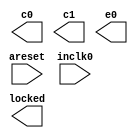
// megafunction wizard: %ALTPLL%VBB%
// GENERATION: STANDARD
// VERSION: WM1.0
// MODULE: altpll 

// ============================================================
// Megafunction Name(s):
// 			altpll
//
// Simulation Library Files(s):
// 			altera_mf
// ============================================================
// ************************************************************
// THIS IS A WIZARD-GENERATED FILE. DO NOT EDIT THIS FILE!
//
// 8.1 Build 163 10/28/2008 SJ Full Version
// ************************************************************

//Copyright (C) 1991-2008 Altera Corporation
//Your use of Altera Corporation's design tools, logic functions 
//and other software and tools, and its AMPP partner logic 
//functions, and any output files from any of the foregoing 
//(including device programming or simulation files), and any 
//associated documentation or information are expressly subject 
//to the terms and conditions of the Altera Program License 
//Subscription Agreement, Altera MegaCore Function License 
//Agreement, or other applicable license agreement, including, 
//without limitation, that your use is for the sole purpose of 
//programming logic devices manufactured by Altera and sold by 
//Altera or its authorized distributors.  Please refer to the 
//applicable agreement for further details.

module PLL_ctrl (
	areset,
	inclk0,
	c0,
	c1,
	e0,
	locked);

	input	  areset;
	input	  inclk0;
	output	  c0;
	output	  c1;
	output	  e0;
	output	  locked;

endmodule

// ============================================================
// CNX file retrieval info
// ============================================================
// Retrieval info: PRIVATE: ACTIVECLK_CHECK STRING "0"
// Retrieval info: PRIVATE: BANDWIDTH STRING "1.000"
// Retrieval info: PRIVATE: BANDWIDTH_FEATURE_ENABLED STRING "0"
// Retrieval info: PRIVATE: BANDWIDTH_FREQ_UNIT STRING "MHz"
// Retrieval info: PRIVATE: BANDWIDTH_PRESET STRING "Low"
// Retrieval info: PRIVATE: BANDWIDTH_USE_AUTO STRING "1"
// Retrieval info: PRIVATE: BANDWIDTH_USE_CUSTOM STRING "0"
// Retrieval info: PRIVATE: BANDWIDTH_USE_PRESET STRING "0"
// Retrieval info: PRIVATE: CLKBAD_SWITCHOVER_CHECK STRING "0"
// Retrieval info: PRIVATE: CLKLOSS_CHECK STRING "0"
// Retrieval info: PRIVATE: CLKSWITCH_CHECK STRING "0"
// Retrieval info: PRIVATE: CNX_NO_COMPENSATE_RADIO STRING "0"
// Retrieval info: PRIVATE: CREATE_CLKBAD_CHECK STRING "0"
// Retrieval info: PRIVATE: CREATE_INCLK1_CHECK STRING "0"
// Retrieval info: PRIVATE: CUR_DEDICATED_CLK STRING "c1"
// Retrieval info: PRIVATE: CUR_FBIN_CLK STRING "e0"
// Retrieval info: PRIVATE: DEVICE_FAMILY NUMERIC "11"
// Retrieval info: PRIVATE: DEVICE_SPEED_GRADE STRING "8"
// Retrieval info: PRIVATE: DIV_FACTOR0 NUMERIC "1"
// Retrieval info: PRIVATE: DIV_FACTOR1 NUMERIC "1"
// Retrieval info: PRIVATE: DIV_FACTOR6 NUMERIC "1"
// Retrieval info: PRIVATE: DUTY_CYCLE0 STRING "50.00000000"
// Retrieval info: PRIVATE: DUTY_CYCLE1 STRING "50.00000000"
// Retrieval info: PRIVATE: DUTY_CYCLE6 STRING "50.00000000"
// Retrieval info: PRIVATE: EXPLICIT_SWITCHOVER_COUNTER STRING "0"
// Retrieval info: PRIVATE: EXT_FEEDBACK_RADIO STRING "0"
// Retrieval info: PRIVATE: GLOCKED_COUNTER_EDIT_CHANGED STRING "1"
// Retrieval info: PRIVATE: GLOCKED_FEATURE_ENABLED STRING "0"
// Retrieval info: PRIVATE: GLOCKED_MODE_CHECK STRING "0"
// Retrieval info: PRIVATE: GLOCK_COUNTER_EDIT NUMERIC "1048575"
// Retrieval info: PRIVATE: HAS_MANUAL_SWITCHOVER STRING "1"
// Retrieval info: PRIVATE: INCLK0_FREQ_EDIT STRING "25.000"
// Retrieval info: PRIVATE: INCLK0_FREQ_UNIT_COMBO STRING "MHz"
// Retrieval info: PRIVATE: INCLK1_FREQ_EDIT STRING "100.000"
// Retrieval info: PRIVATE: INCLK1_FREQ_EDIT_CHANGED STRING "1"
// Retrieval info: PRIVATE: INCLK1_FREQ_UNIT_CHANGED STRING "1"
// Retrieval info: PRIVATE: INCLK1_FREQ_UNIT_COMBO STRING "MHz"
// Retrieval info: PRIVATE: INTENDED_DEVICE_FAMILY STRING "Cyclone"
// Retrieval info: PRIVATE: INT_FEEDBACK__MODE_RADIO STRING "1"
// Retrieval info: PRIVATE: LOCKED_OUTPUT_CHECK STRING "1"
// Retrieval info: PRIVATE: LOCK_LOSS_SWITCHOVER_CHECK STRING "0"
// Retrieval info: PRIVATE: LONG_SCAN_RADIO STRING "1"
// Retrieval info: PRIVATE: LVDS_MODE_DATA_RATE STRING "500.000"
// Retrieval info: PRIVATE: LVDS_MODE_DATA_RATE_DIRTY NUMERIC "0"
// Retrieval info: PRIVATE: LVDS_PHASE_SHIFT_UNIT0 STRING "deg"
// Retrieval info: PRIVATE: LVDS_PHASE_SHIFT_UNIT1 STRING "deg"
// Retrieval info: PRIVATE: LVDS_PHASE_SHIFT_UNIT6 STRING "deg"
// Retrieval info: PRIVATE: MIG_DEVICE_SPEED_GRADE STRING "Any"
// Retrieval info: PRIVATE: MIRROR_CLK0 STRING "0"
// Retrieval info: PRIVATE: MIRROR_CLK1 STRING "0"
// Retrieval info: PRIVATE: MIRROR_CLK6 STRING "0"
// Retrieval info: PRIVATE: MULT_FACTOR0 NUMERIC "2"
// Retrieval info: PRIVATE: MULT_FACTOR1 NUMERIC "4"
// Retrieval info: PRIVATE: MULT_FACTOR6 NUMERIC "1"
// Retrieval info: PRIVATE: NORMAL_MODE_RADIO STRING "1"
// Retrieval info: PRIVATE: OUTPUT_FREQ0 STRING "100.00000000"
// Retrieval info: PRIVATE: OUTPUT_FREQ1 STRING "100.00000000"
// Retrieval info: PRIVATE: OUTPUT_FREQ6 STRING "100.00000000"
// Retrieval info: PRIVATE: OUTPUT_FREQ_MODE0 STRING "0"
// Retrieval info: PRIVATE: OUTPUT_FREQ_MODE1 STRING "0"
// Retrieval info: PRIVATE: OUTPUT_FREQ_MODE6 STRING "0"
// Retrieval info: PRIVATE: OUTPUT_FREQ_UNIT0 STRING "MHz"
// Retrieval info: PRIVATE: OUTPUT_FREQ_UNIT1 STRING "MHz"
// Retrieval info: PRIVATE: OUTPUT_FREQ_UNIT6 STRING "MHz"
// Retrieval info: PRIVATE: PHASE_RECONFIG_FEATURE_ENABLED STRING "0"
// Retrieval info: PRIVATE: PHASE_RECONFIG_INPUTS_CHECK STRING "0"
// Retrieval info: PRIVATE: PHASE_SHIFT0 STRING "0.00000000"
// Retrieval info: PRIVATE: PHASE_SHIFT1 STRING "0.00000000"
// Retrieval info: PRIVATE: PHASE_SHIFT6 STRING "0.00000000"
// Retrieval info: PRIVATE: PHASE_SHIFT_STEP_ENABLED_CHECK STRING "0"
// Retrieval info: PRIVATE: PHASE_SHIFT_UNIT0 STRING "ns"
// Retrieval info: PRIVATE: PHASE_SHIFT_UNIT1 STRING "deg"
// Retrieval info: PRIVATE: PHASE_SHIFT_UNIT6 STRING "deg"
// Retrieval info: PRIVATE: PLL_ADVANCED_PARAM_CHECK STRING "0"
// Retrieval info: PRIVATE: PLL_ARESET_CHECK STRING "1"
// Retrieval info: PRIVATE: PLL_AUTOPLL_CHECK NUMERIC "1"
// Retrieval info: PRIVATE: PLL_ENA_CHECK STRING "0"
// Retrieval info: PRIVATE: PLL_ENHPLL_CHECK NUMERIC "0"
// Retrieval info: PRIVATE: PLL_FASTPLL_CHECK NUMERIC "0"
// Retrieval info: PRIVATE: PLL_FBMIMIC_CHECK STRING "0"
// Retrieval info: PRIVATE: PLL_LVDS_PLL_CHECK NUMERIC "0"
// Retrieval info: PRIVATE: PLL_PFDENA_CHECK STRING "0"
// Retrieval info: PRIVATE: PLL_TARGET_HARCOPY_CHECK NUMERIC "0"
// Retrieval info: PRIVATE: PRIMARY_CLK_COMBO STRING "inclk0"
// Retrieval info: PRIVATE: SACN_INPUTS_CHECK STRING "0"
// Retrieval info: PRIVATE: SCAN_FEATURE_ENABLED STRING "0"
// Retrieval info: PRIVATE: SELF_RESET_LOCK_LOSS STRING "0"
// Retrieval info: PRIVATE: SHORT_SCAN_RADIO STRING "0"
// Retrieval info: PRIVATE: SPREAD_FEATURE_ENABLED STRING "0"
// Retrieval info: PRIVATE: SPREAD_FREQ STRING "50.000"
// Retrieval info: PRIVATE: SPREAD_FREQ_UNIT STRING "KHz"
// Retrieval info: PRIVATE: SPREAD_PERCENT STRING "0.500"
// Retrieval info: PRIVATE: SPREAD_USE STRING "0"
// Retrieval info: PRIVATE: SRC_SYNCH_COMP_RADIO STRING "0"
// Retrieval info: PRIVATE: STICKY_CLK0 STRING "1"
// Retrieval info: PRIVATE: STICKY_CLK1 STRING "1"
// Retrieval info: PRIVATE: STICKY_CLK6 STRING "0"
// Retrieval info: PRIVATE: SWITCHOVER_COUNT_EDIT NUMERIC "1"
// Retrieval info: PRIVATE: SWITCHOVER_FEATURE_ENABLED STRING "0"
// Retrieval info: PRIVATE: SYNTH_WRAPPER_GEN_POSTFIX STRING "0"
// Retrieval info: PRIVATE: USE_CLK0 STRING "1"
// Retrieval info: PRIVATE: USE_CLK1 STRING "1"
// Retrieval info: PRIVATE: USE_CLK6 STRING "0"
// Retrieval info: PRIVATE: USE_CLKENA0 STRING "0"
// Retrieval info: PRIVATE: USE_CLKENA1 STRING "0"
// Retrieval info: PRIVATE: USE_CLKENA6 STRING "0"
// Retrieval info: PRIVATE: USE_MIL_SPEED_GRADE NUMERIC "0"
// Retrieval info: PRIVATE: ZERO_DELAY_RADIO STRING "0"
// Retrieval info: LIBRARY: altera_mf altera_mf.altera_mf_components.all
// Retrieval info: CONSTANT: CLK0_DIVIDE_BY NUMERIC "1"
// Retrieval info: CONSTANT: CLK0_DUTY_CYCLE NUMERIC "50"
// Retrieval info: CONSTANT: CLK0_MULTIPLY_BY NUMERIC "2"
// Retrieval info: CONSTANT: CLK0_PHASE_SHIFT STRING "0"
// Retrieval info: CONSTANT: CLK1_DIVIDE_BY NUMERIC "1"
// Retrieval info: CONSTANT: CLK1_DUTY_CYCLE NUMERIC "50"
// Retrieval info: CONSTANT: CLK1_MULTIPLY_BY NUMERIC "4"
// Retrieval info: CONSTANT: CLK1_PHASE_SHIFT STRING "0"
// Retrieval info: CONSTANT: COMPENSATE_CLOCK STRING "CLK1"
// Retrieval info: CONSTANT: EXTCLK0_DIVIDE_BY NUMERIC "1"
// Retrieval info: CONSTANT: EXTCLK0_DUTY_CYCLE NUMERIC "50"
// Retrieval info: CONSTANT: EXTCLK0_MULTIPLY_BY NUMERIC "4"
// Retrieval info: CONSTANT: EXTCLK0_PHASE_SHIFT STRING "2000"
// Retrieval info: CONSTANT: INCLK0_INPUT_FREQUENCY NUMERIC "40000"
// Retrieval info: CONSTANT: INTENDED_DEVICE_FAMILY STRING "Cyclone"
// Retrieval info: CONSTANT: INVALID_LOCK_MULTIPLIER NUMERIC "5"
// Retrieval info: CONSTANT: LPM_TYPE STRING "altpll"
// Retrieval info: CONSTANT: OPERATION_MODE STRING "NORMAL"
// Retrieval info: CONSTANT: PLL_TYPE STRING "AUTO"
// Retrieval info: CONSTANT: PORT_ACTIVECLOCK STRING "PORT_UNUSED"
// Retrieval info: CONSTANT: PORT_ARESET STRING "PORT_USED"
// Retrieval info: CONSTANT: PORT_CLKBAD0 STRING "PORT_UNUSED"
// Retrieval info: CONSTANT: PORT_CLKBAD1 STRING "PORT_UNUSED"
// Retrieval info: CONSTANT: PORT_CLKLOSS STRING "PORT_UNUSED"
// Retrieval info: CONSTANT: PORT_CLKSWITCH STRING "PORT_UNUSED"
// Retrieval info: CONSTANT: PORT_CONFIGUPDATE STRING "PORT_UNUSED"
// Retrieval info: CONSTANT: PORT_FBIN STRING "PORT_UNUSED"
// Retrieval info: CONSTANT: PORT_INCLK0 STRING "PORT_USED"
// Retrieval info: CONSTANT: PORT_INCLK1 STRING "PORT_UNUSED"
// Retrieval info: CONSTANT: PORT_LOCKED STRING "PORT_USED"
// Retrieval info: CONSTANT: PORT_PFDENA STRING "PORT_UNUSED"
// Retrieval info: CONSTANT: PORT_PHASECOUNTERSELECT STRING "PORT_UNUSED"
// Retrieval info: CONSTANT: PORT_PHASEDONE STRING "PORT_UNUSED"
// Retrieval info: CONSTANT: PORT_PHASESTEP STRING "PORT_UNUSED"
// Retrieval info: CONSTANT: PORT_PHASEUPDOWN STRING "PORT_UNUSED"
// Retrieval info: CONSTANT: PORT_PLLENA STRING "PORT_UNUSED"
// Retrieval info: CONSTANT: PORT_SCANACLR STRING "PORT_UNUSED"
// Retrieval info: CONSTANT: PORT_SCANCLK STRING "PORT_UNUSED"
// Retrieval info: CONSTANT: PORT_SCANCLKENA STRING "PORT_UNUSED"
// Retrieval info: CONSTANT: PORT_SCANDATA STRING "PORT_UNUSED"
// Retrieval info: CONSTANT: PORT_SCANDATAOUT STRING "PORT_UNUSED"
// Retrieval info: CONSTANT: PORT_SCANDONE STRING "PORT_UNUSED"
// Retrieval info: CONSTANT: PORT_SCANREAD STRING "PORT_UNUSED"
// Retrieval info: CONSTANT: PORT_SCANWRITE STRING "PORT_UNUSED"
// Retrieval info: CONSTANT: PORT_clk0 STRING "PORT_USED"
// Retrieval info: CONSTANT: PORT_clk1 STRING "PORT_USED"
// Retrieval info: CONSTANT: PORT_clk3 STRING "PORT_UNUSED"
// Retrieval info: CONSTANT: PORT_clk4 STRING "PORT_UNUSED"
// Retrieval info: CONSTANT: PORT_clk5 STRING "PORT_UNUSED"
// Retrieval info: CONSTANT: PORT_clkena0 STRING "PORT_UNUSED"
// Retrieval info: CONSTANT: PORT_clkena1 STRING "PORT_UNUSED"
// Retrieval info: CONSTANT: PORT_clkena3 STRING "PORT_UNUSED"
// Retrieval info: CONSTANT: PORT_clkena4 STRING "PORT_UNUSED"
// Retrieval info: CONSTANT: PORT_clkena5 STRING "PORT_UNUSED"
// Retrieval info: CONSTANT: PORT_extclk0 STRING "PORT_USED"
// Retrieval info: CONSTANT: PORT_extclk1 STRING "PORT_UNUSED"
// Retrieval info: CONSTANT: PORT_extclk2 STRING "PORT_UNUSED"
// Retrieval info: CONSTANT: PORT_extclk3 STRING "PORT_UNUSED"
// Retrieval info: CONSTANT: VALID_LOCK_MULTIPLIER NUMERIC "1"
// Retrieval info: USED_PORT: @clk 0 0 6 0 OUTPUT_CLK_EXT VCC "@clk[5..0]"
// Retrieval info: USED_PORT: @extclk 0 0 4 0 OUTPUT_CLK_EXT VCC "@extclk[3..0]"
// Retrieval info: USED_PORT: areset 0 0 0 0 INPUT GND "areset"
// Retrieval info: USED_PORT: c0 0 0 0 0 OUTPUT_CLK_EXT VCC "c0"
// Retrieval info: USED_PORT: c1 0 0 0 0 OUTPUT_CLK_EXT VCC "c1"
// Retrieval info: USED_PORT: e0 0 0 0 0 OUTPUT_CLK_EXT VCC "e0"
// Retrieval info: USED_PORT: inclk0 0 0 0 0 INPUT_CLK_EXT GND "inclk0"
// Retrieval info: USED_PORT: locked 0 0 0 0 OUTPUT GND "locked"
// Retrieval info: CONNECT: locked 0 0 0 0 @locked 0 0 0 0
// Retrieval info: CONNECT: @inclk 0 0 1 0 inclk0 0 0 0 0
// Retrieval info: CONNECT: c0 0 0 0 0 @clk 0 0 1 0
// Retrieval info: CONNECT: c1 0 0 0 0 @clk 0 0 1 1
// Retrieval info: CONNECT: @inclk 0 0 1 1 GND 0 0 0 0
// Retrieval info: CONNECT: e0 0 0 0 0 @extclk 0 0 1 0
// Retrieval info: CONNECT: @areset 0 0 0 0 areset 0 0 0 0
// Retrieval info: GEN_FILE: TYPE_NORMAL PLL_ctrl.v TRUE FALSE
// Retrieval info: GEN_FILE: TYPE_NORMAL PLL_ctrl.ppf TRUE FALSE
// Retrieval info: GEN_FILE: TYPE_NORMAL PLL_ctrl.inc FALSE FALSE
// Retrieval info: GEN_FILE: TYPE_NORMAL PLL_ctrl.cmp FALSE FALSE
// Retrieval info: GEN_FILE: TYPE_NORMAL PLL_ctrl.bsf TRUE
// Retrieval info: GEN_FILE: TYPE_NORMAL PLL_ctrl_inst.v TRUE FALSE
// Retrieval info: GEN_FILE: TYPE_NORMAL PLL_ctrl_bb.v TRUE FALSE
// Retrieval info: GEN_FILE: TYPE_NORMAL PLL_ctrl_waveforms.html TRUE FALSE
// Retrieval info: GEN_FILE: TYPE_NORMAL PLL_ctrl_wave*.jpg FALSE FALSE
// Retrieval info: LIB_FILE: altera_mf
// Retrieval info: CBX_MODULE_PREFIX: ON